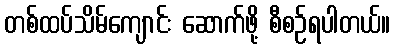
တစ်ထပ်သိမ်ကျောင်း ဆောက်ဖို့ စီစဉ်ရပါတယ်။